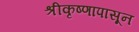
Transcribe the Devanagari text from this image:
श्रीकृष्णापासून